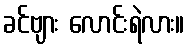
ခင်ဗျား လောင်းရဲလား။